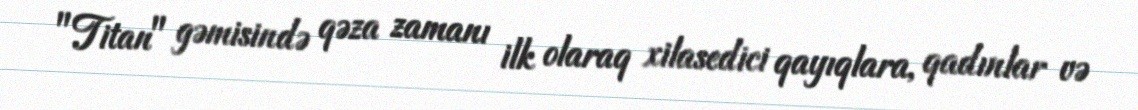
"Titan" gəmisində qəza zamanı ilk olaraq xilasedici qayıqlara, qadınlar və